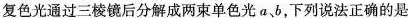
复色光通过三棱镜后分解成两束单色光a、b，下列说法正确的是